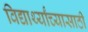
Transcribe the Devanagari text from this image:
विद्यार्थ्यांच्यासाठी